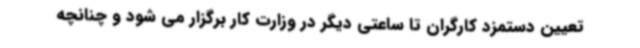
تعیین دستمزد کارگران تا ساعتی دیگر در وزارت کار برگزار می شود و چنانچه